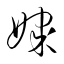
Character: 媒